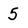
Character: 5